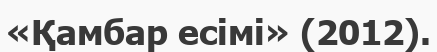
«Қамбар есімі» (2012).